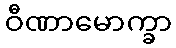
ဝီဏာမောက္ခာ